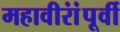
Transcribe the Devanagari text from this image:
महावीरांंपूर्वी